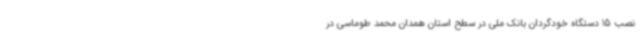
نصب 15 دستگاه خودگردان بانک ملی در سطح استان همدان محمد طوماسی در